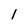
Character: l